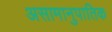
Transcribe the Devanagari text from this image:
असामानुपातिक